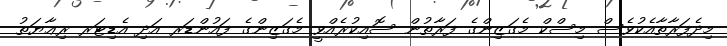
މިދެފަރާތާއެކުވެސް މިސްކް މެގަޒިންގެ ފަރާތުން ސޮއިކުރެއްވީ މެގަޒިންގެ ފައުންޑަރ އަދި އެޑިޓަރ ރިޢާޔަތު